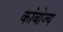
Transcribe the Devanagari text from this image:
कांबोज्य